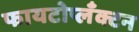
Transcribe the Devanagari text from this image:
फायटोप्लँक्टन